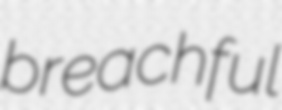
breachful